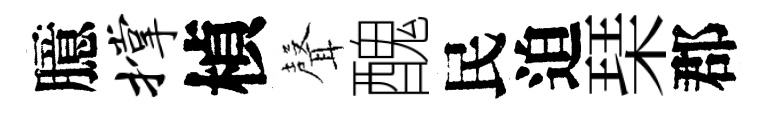
臆撑楨𮋻醜民迫琹郡